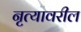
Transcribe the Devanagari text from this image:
नृत्यावरील